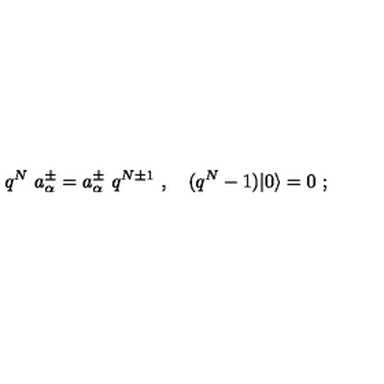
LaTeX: q ^ { N } \ a _ { \alpha } ^ { \pm } = a _ { \alpha } ^ { \pm } \ q ^ { N \pm 1 } \ , \quad ( q ^ { N } - 1 ) \vert 0 \rangle = 0 \ ;